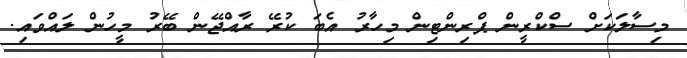
މިސާލަކަށް ސްކްރީން ޕްރިންޓިން މިހާރު އެބަ ކުރޭ ރާއްޖޭން ބޭރު މީހުން ލައްވައި.